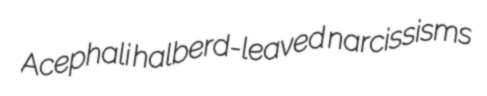
Acephali halberd-leaved narcissisms